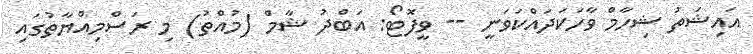
އައިޝަތު ޝިހާމް ވާހަކަދައްކަވަނީ -- ވީފޮޓޯ: އަބްދު ޝާމް (މުއްތު) މި ރަސްމިއްޔާތުގައި